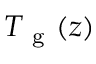
T _ { \mathrm { ~ g ~ } } ( z )